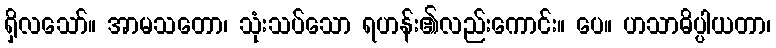
ရှိလသော်။ အာမသတော၊ သုံးသပ်သော ရဟန်း၏လည်းကောင်း။ ပေ။ ဟသာဓိပ္ပါယတာ၊